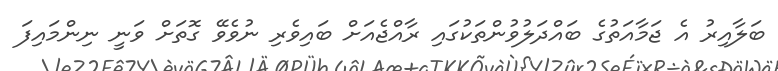
ބަލާއިރު އެ ޖަމާއަތުގެ ބައްދަލުވުންތަކުގައި ރާއްޖެއަށް ބައިވެރި ނުވެވޭ ގޮތަށް ވަނީ ނިންމައިފަ